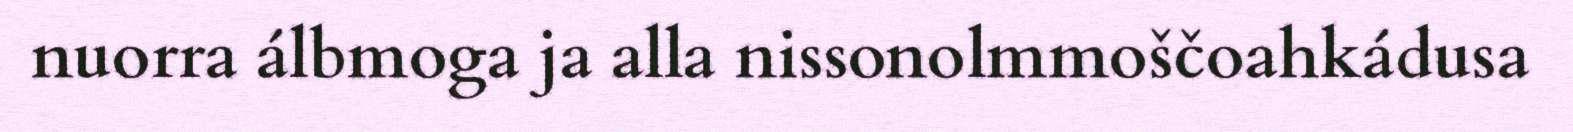
nuorra álbmoga ja alla nissonolmmoščoahkádusa